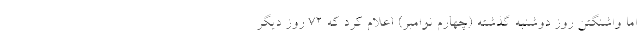
اما واشنگتن روز دوشنبه گذشته (چهارم نوامبر) اعلام کرد که ۷۲ روز دیگر